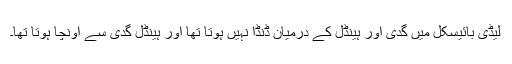
لیڈی بائیسکل میں گدی اور ہینڈل کے درمیان ڈنڈا نہیں ہوتا تھا اور ہینڈل گدی سے اونچا ہوتا تھا۔